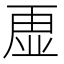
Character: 𮓡